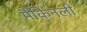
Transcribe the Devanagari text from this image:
मैकिनली